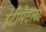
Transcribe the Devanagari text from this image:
इंटीमेटली